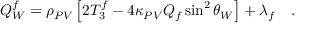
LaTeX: Q _ { W } ^ { f } = \rho _ { P V } \left[ 2 T _ { 3 } ^ { f } - 4 \kappa _ { P V } Q _ { f } \sin ^ { 2 } \theta _ { W } \right] + \lambda _ { f } \ \ \ .